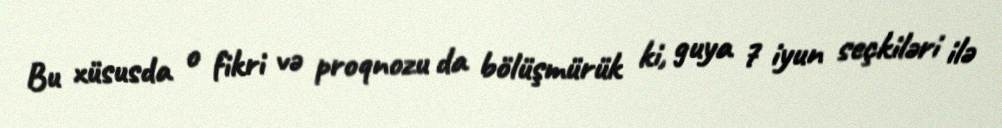
Bu xüsusda o fikri və proqnozu da bölüşmürük ki, guya 7 iyun seçkiləri ilə